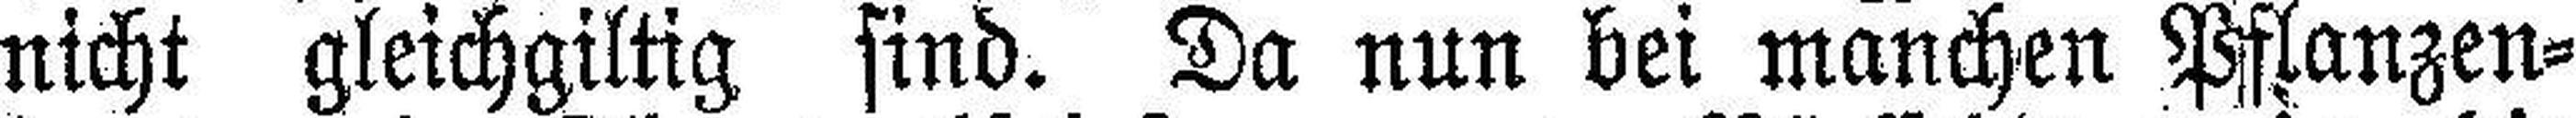
nicht gleichgiltig sind. Da nun bei manchen Pflanzen¬